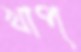
খাপ্